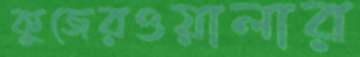
কুজেরওয়ালার